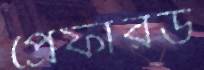
প্রেফারড